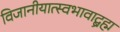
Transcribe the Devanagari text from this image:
विजानीयात्स्वभावाद्ब्रह्म